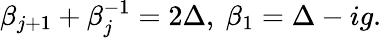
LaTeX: \beta_{j+1}+\beta_{j}^{-1}=2\Delta,~\beta_{1}=\Delta-ig.